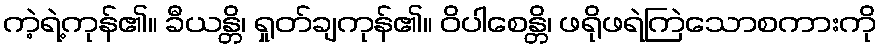
ကဲ့ရဲ့ကုန်၏။ ခီယန္တိ၊ ရှုတ်ချကုန်၏။ ဝိပါစေန္တိ၊ ဖရိုဖရဲကြဲသောစကားကို